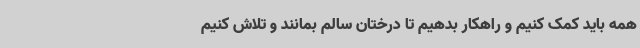
همه باید کمک کنیم و راهکار بدهیم تا درختان سالم بمانند و تلاش کنیم